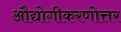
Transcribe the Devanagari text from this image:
औद्योगीकरणोत्तर